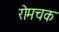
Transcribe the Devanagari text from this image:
रोमचक